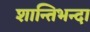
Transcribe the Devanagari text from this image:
शान्तिभन्दा